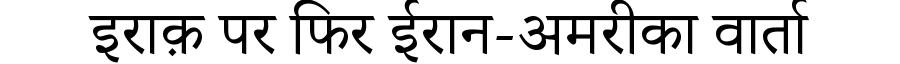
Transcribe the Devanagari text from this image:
इराक़ पर फिर ईरान-अमरीका वार्ता